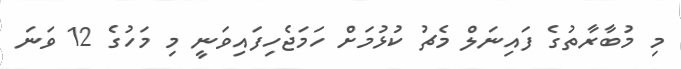
މި މުބާރާތުގެ ފައިނަލް މެޗު ކުޅުމަށް ހަމަޖެހިފައިވަނީ މި މަހުގެ 12 ވަނަ